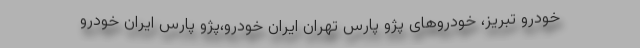
خودرو تبریز، خودروهای پژو پارس تهران ایران خودرو،پژو پارس ایران خودرو